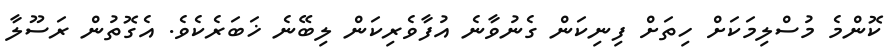
ކޮންމެ މުސްލިމަކަށް ހިތަށް ފިނިކަން ގެނުވާނެ އުފާވެރިކަން ލިބޭނެ ޚަބަރެކެވެ. އެގޮތުން ރަސޫލާ